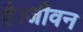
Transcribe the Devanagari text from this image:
है।जीवन